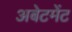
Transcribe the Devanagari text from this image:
अबेटमेंट